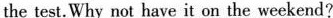
the test.Why not have it on the weekend?